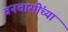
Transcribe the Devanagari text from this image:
वनवासींच्या